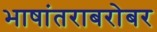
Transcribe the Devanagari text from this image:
भाषांतराबरोबर